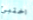
اختبئ